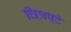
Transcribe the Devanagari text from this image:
चित्रपटे